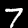
Label: 7